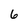
Character: 6